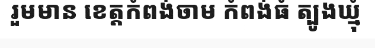
រួមមាន ខេត្តកំពង់ចាម កំពង់ធំ ត្បូងឃ្មុំ